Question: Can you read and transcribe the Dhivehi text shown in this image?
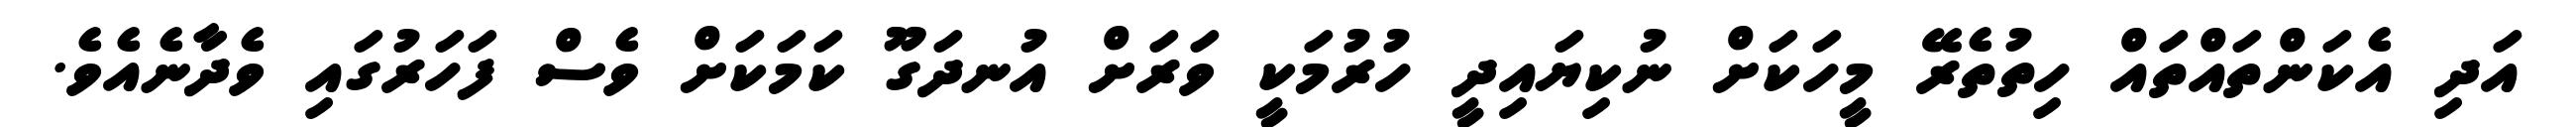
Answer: އަދި އެކަންތައްތައް ހިތުތެރޭ މީހަކަށް ނުކިޔައިދީ ހުރުމަކީ ވަރަށް އުނދަގޫ ކަމަކަށް ވެސް ފަހަރުގައި ވެދާނެއެވެ.